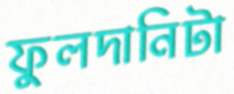
ফুলদানিটা